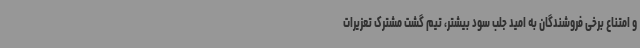
و امتناع برخی فروشندگان به امید جلب سود بیشتر، تیم گشت مشترک تعزیرات